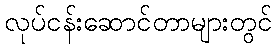
လုပ်ငန်းဆောင်တာများတွင်